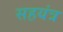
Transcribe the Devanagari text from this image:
सहयंत्र